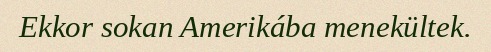
Ekkor sokan Amerikába menekültek.